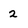
Character: 2